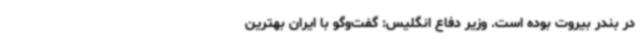
در بندر بیروت بوده است. وزیر دفاع انگلیس: گفت‌وگو با ایران بهترین